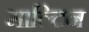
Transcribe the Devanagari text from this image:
माल्टिन